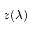
z ( \lambda )